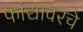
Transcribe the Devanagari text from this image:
फांद्यावरचे